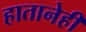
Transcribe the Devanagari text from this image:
हातानेही